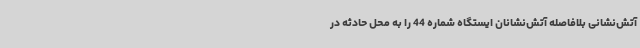
آتش‌نشانی بلافاصله آتش‌نشانان ایستگاه شماره 44 را به محل حادثه در